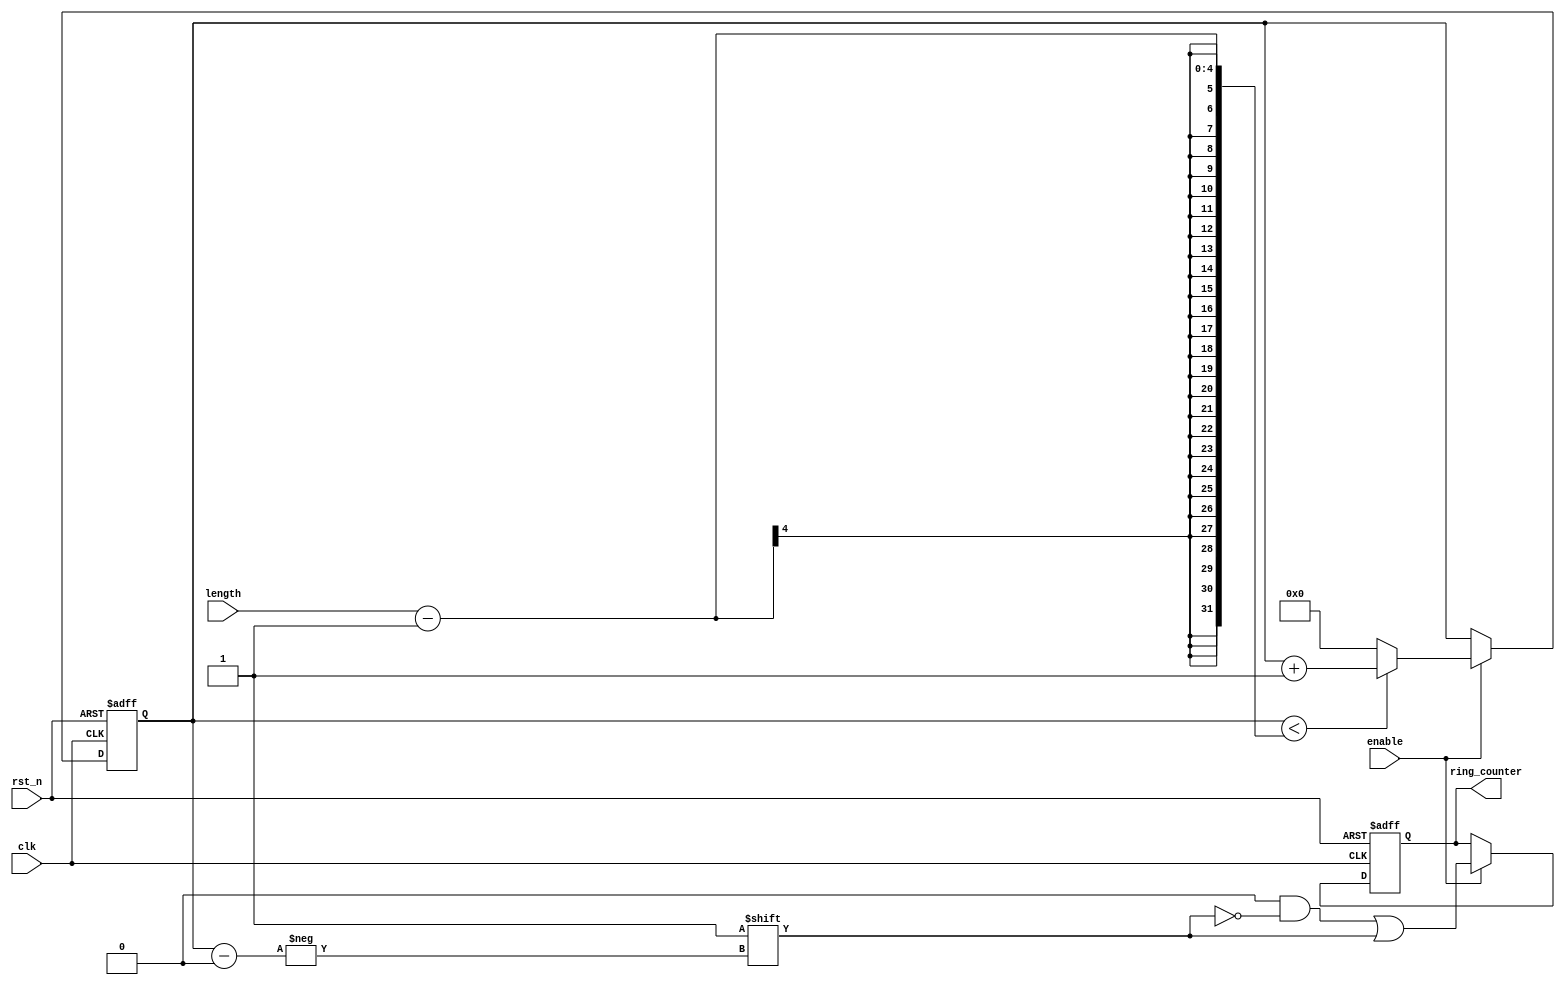
module variable_length_ring_counter (
    input wire clk,                 // Clock input
    input wire rst_n,              // Asynchronous active-low reset
    input wire enable,             // Enable signal
    input wire [3:0] length,       // Length control input (up to 15)
    output reg [15:0] ring_counter  // Output for the ring counter (16 flip-flops)
);

    // Internal signal to track the current position of '1'
    reg [3:0] current_pos;

    // Initialize the ring counter
    always @(posedge clk or negedge rst_n) begin
        if (!rst_n) begin
            ring_counter <= 16'b0000000000000001; // Start with the first bit set
            current_pos <= 0;                    // Initialize position to 0
        end else if (enable) begin
            // Shift logic
            if (current_pos < length - 1) begin
                current_pos <= current_pos + 1; // Move to next position
            end else begin
                current_pos <= 0;                // Wrap around
            end
            
            // Clear the ring counter and set the new position
            ring_counter <= 16'b0;                // Clear all bits
            ring_counter[current_pos] <= 1'b1;   // Set the new position to '1'
        end
    end

endmodule